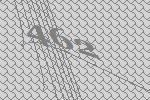
462